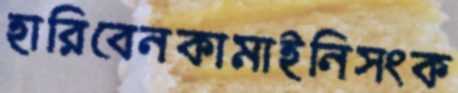
হারিবেনকামাইনিসংক